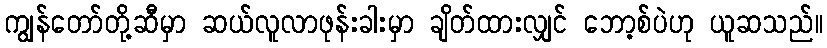
ကျွန်တော်တို့ဆီမှာ ဆယ်လူလာဖုန်းခါးမှာ ချိတ်ထားလျှင် ဘော့စ်ပဲဟု ယူဆသည်။